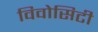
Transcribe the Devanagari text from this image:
विवोसिटी